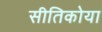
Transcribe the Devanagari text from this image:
सीतिकोया